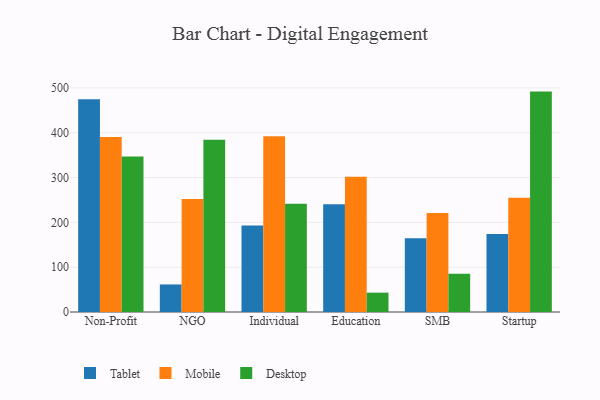
{"axis": {"x": "Segment", "y": "Inventory Turnover"}, "legend": ["Desktop", "Mobile", "Tablet"], "data": [{"x": "Non-Profit", "y": 475.0, "type": "Tablet"}, {"x": "Non-Profit", "y": 390.5, "type": "Mobile"}, {"x": "Non-Profit", "y": 347.0, "type": "Desktop"}, {"x": "NGO", "y": 61.5, "type": "Tablet"}, {"x": "NGO", "y": 252.0, "type": "Mobile"}, {"x": "NGO", "y": 384.1, "type": "Desktop"}, {"x": "Individual", "y": 193.0, "type": "Tablet"}, {"x": "Individual", "y": 392.0, "type": "Mobile"}, {"x": "Individual", "y": 241.7, "type": "Desktop"}, {"x": "Education", "y": 240.7, "type": "Tablet"}, {"x": "Education", "y": 301.7, "type": "Mobile"}, {"x": "Education", "y": 43.2, "type": "Desktop"}, {"x": "SMB", "y": 164.6, "type": "Tablet"}, {"x": "SMB", "y": 221.1, "type": "Mobile"}, {"x": "SMB", "y": 85.4, "type": "Desktop"}, {"x": "Startup", "y": 174.3, "type": "Tablet"}, {"x": "Startup", "y": 255.2, "type": "Mobile"}, {"x": "Startup", "y": 491.8, "type": "Desktop"}]}